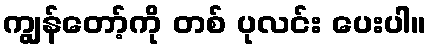
ကျွန်တော့်ကို တစ် ပုလင်း ပေးပါ။